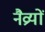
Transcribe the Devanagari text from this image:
नैव्रयों